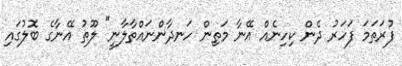
ފުރަތަމަ ފަހަރު ދެން ކިހިނެއް އޭނާ މަތިން ހަނދާންނައްތާލާނީ" ލޫތު އޭނާގެ ބޮލުގައި